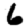
Digit: 6